342_HS1-416511228_319.1 Flying Discs 1949
Agency: Department of War
Incident date: 1/9/50
Page 33
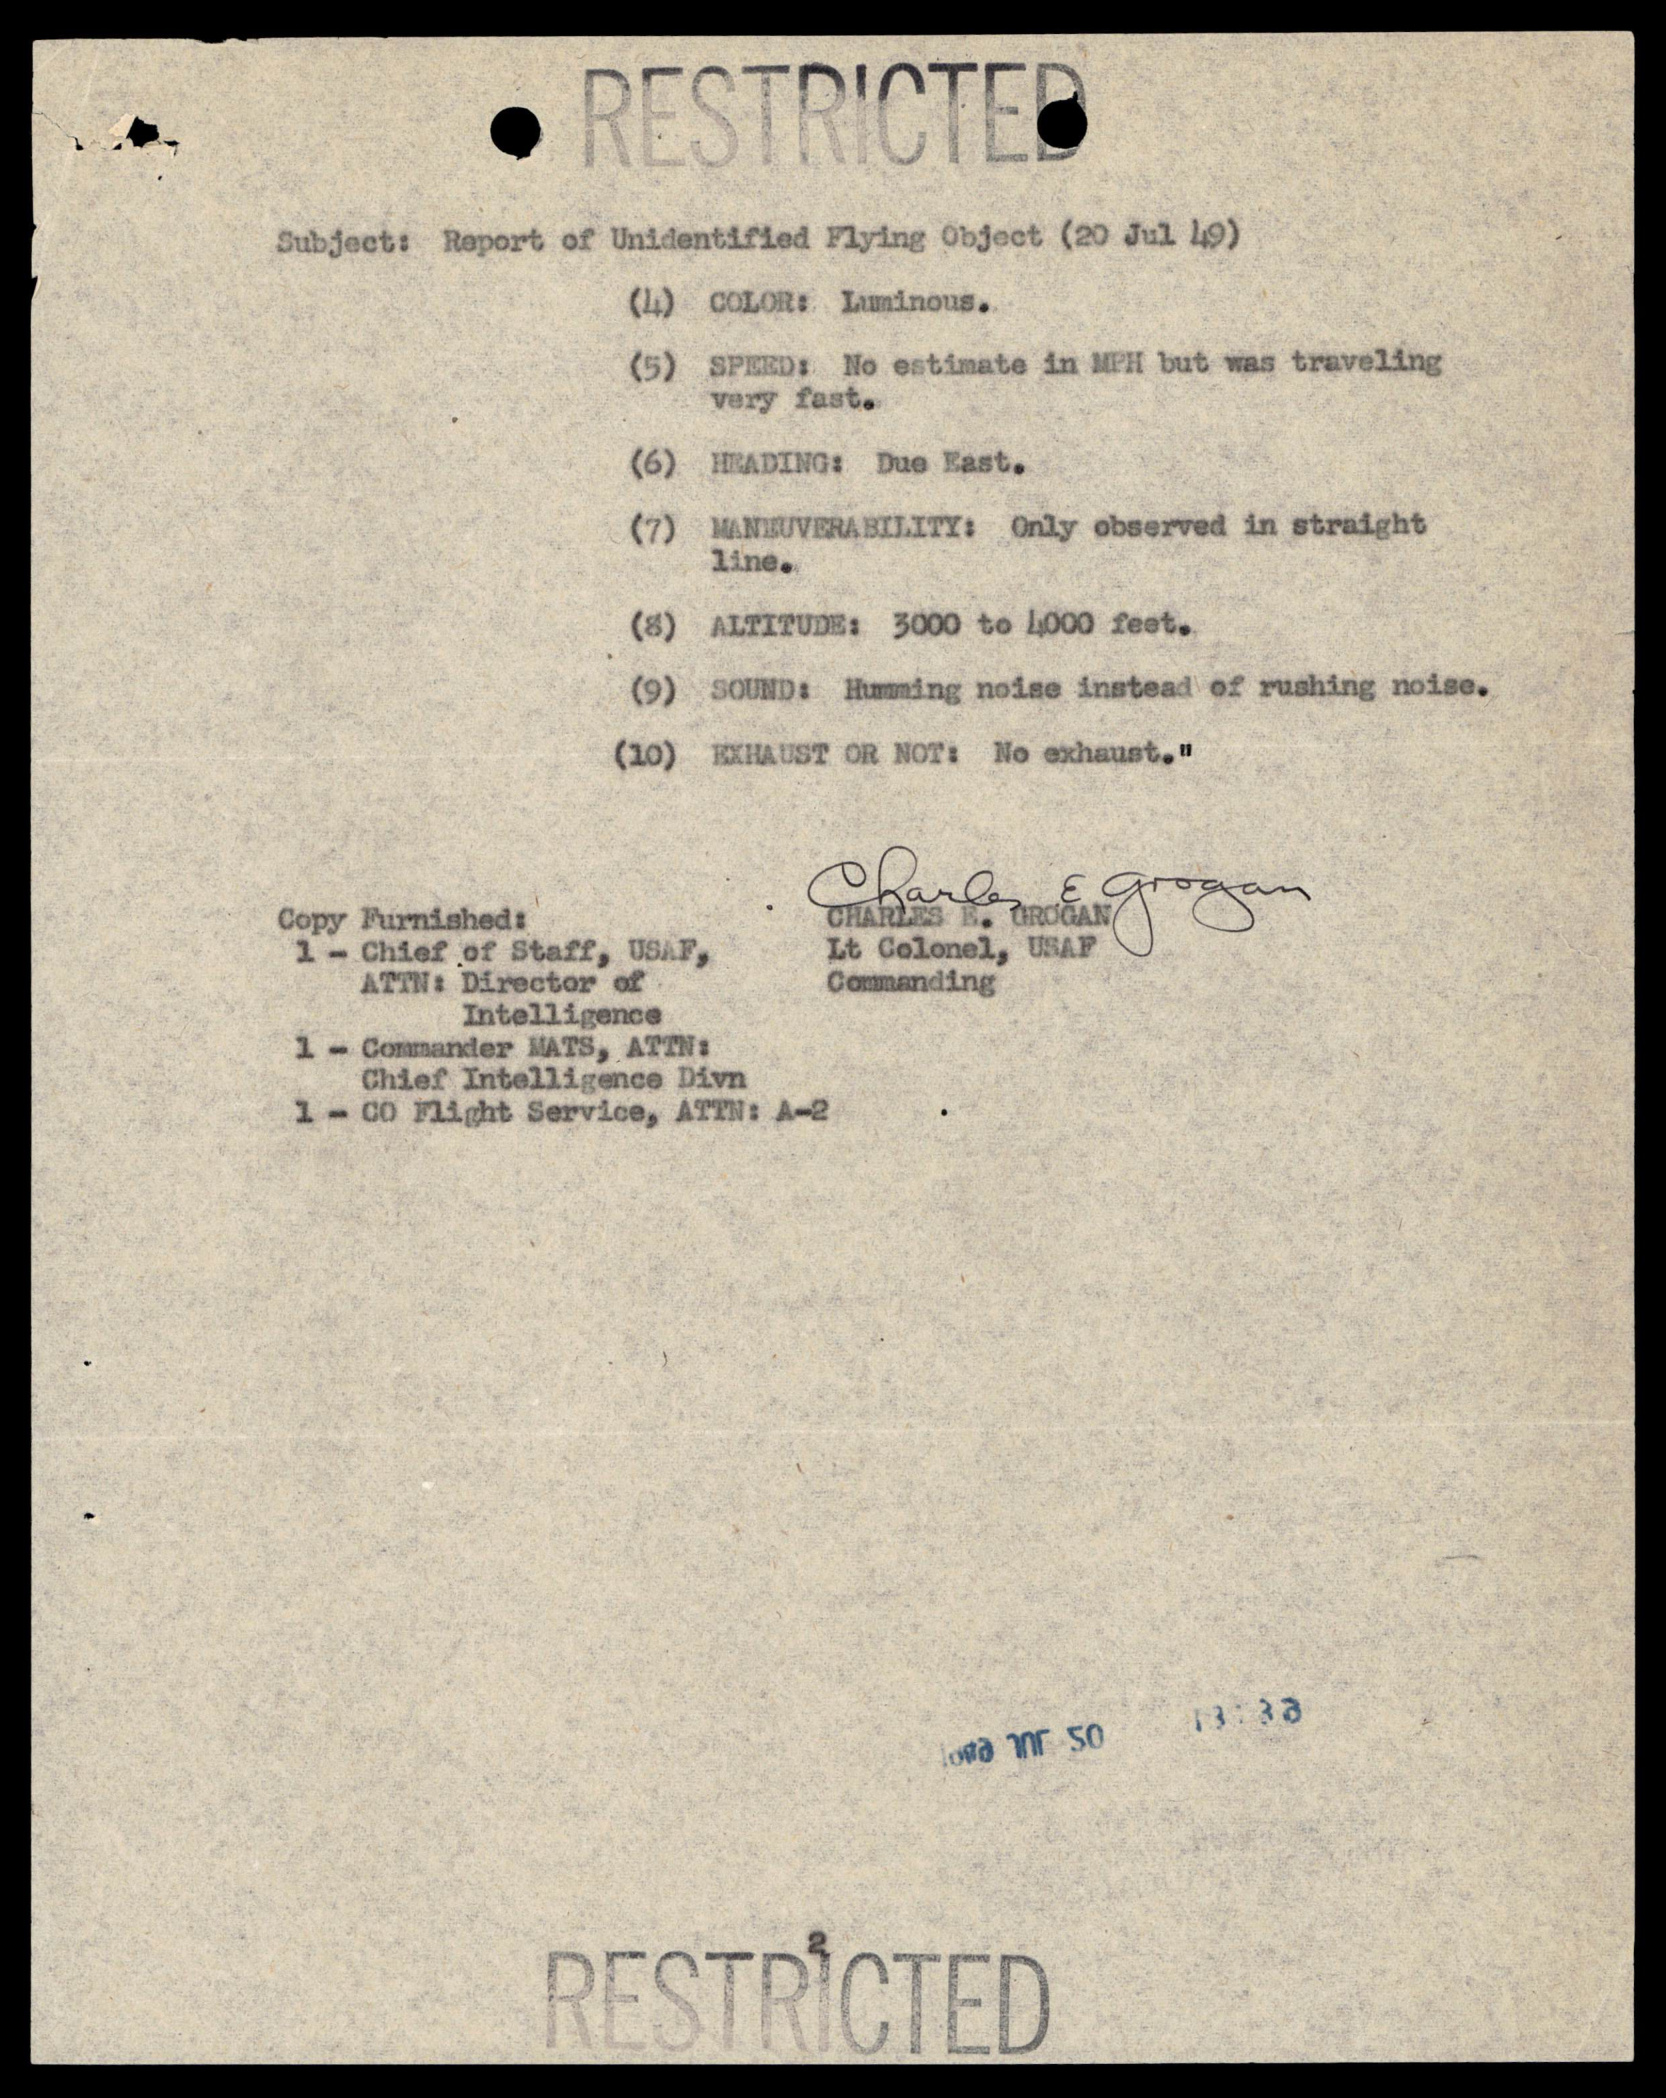